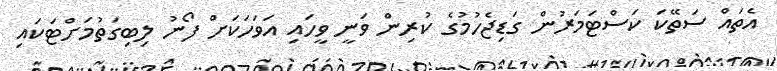
އެތައް ސަތޭކަ ކަސްޓަމަރުން ގަޑިޖެހުމުގެ ކުރިން ވަނީ ވީހައި އަވަހަކަށް ފޯނު ލިބިގަތުމަށްޓަކައި